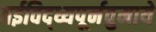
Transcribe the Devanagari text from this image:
वईविद्ध्यपूर्नवुमाये